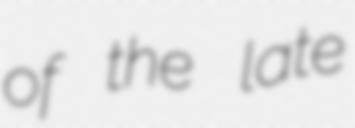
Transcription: of the late